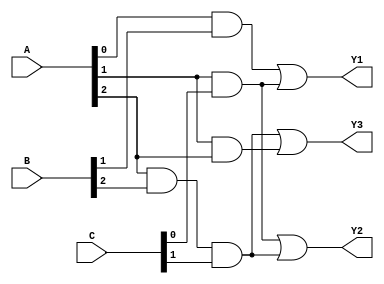
module masked_pal (
    input wire [2:0] A,        // 3-bit input (A2, A1, A0)
    input wire [2:0] B,        // 3-bit input (B2, B1, B0)
    input wire [2:0] C,        // 3-bit input (C2, C1, C0)
    output wire Y1,            // Output Y1
    output wire Y2,            // Output Y2
    output wire Y3             // Output Y3
);

// Define the programmable AND array
wire and_out[0:3]; // Assuming we have 4 AND gates

// AND gate configurations (masked connections)
// Example configurations for AND gates
assign and_out[0] = A[0] & B[1];            // A0 AND B1
assign and_out[1] = A[1] & C[0];            // A1 AND C0
assign and_out[2] = A[2] & B[2] & C[1];     // A2 AND B2 AND C1
assign and_out[3] = A[1] & A[2];            // A1 AND A2

// Fixed OR array
assign Y1 = and_out[0] | and_out[1]; // Output Y1: Combination of AND gate 0 and 1
assign Y2 = and_out[1] | and_out[2]; // Output Y2: Combination of AND gate 1 and 2
assign Y3 = and_out[2] | and_out[3]; // Output Y3: Combination of AND gate 2 and 3

endmodule